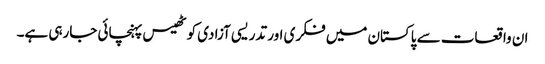
ان واقعات سے پاکستان میں فکری اور تدریسی آزادی کو ٹھیس پہنچائی جارہی ہے۔